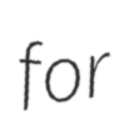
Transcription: for